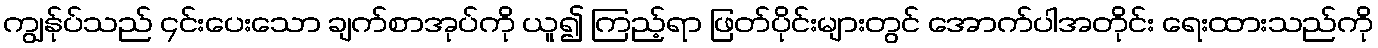
ကျွန်ုပ်သည် ၄င်းပေးသော ချက်စာအုပ်ကို ယူ၍ ကြည့်ရာ ဖြတ်ပိုင်းများတွင် အောက်ပါအတိုင်း ရေးထားသည်ကို